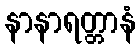
နာနာရတ္တာနံ